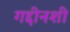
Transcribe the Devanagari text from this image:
गद्दीनशीं